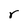
Character: r